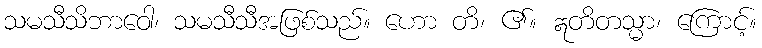
သမသီသိဘာဝေါ၊ သမသီသီအဖြစ်သည်။ ဟော တိ၊ ၏။ ဣတိတသ္မာ၊ ကြောင့်။